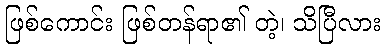
ဖြစ်ကောင်း ဖြစ်တန်ရာ၏ တဲ့၊ သိပြီလား